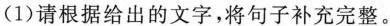
(1)请根据给出的文字，将句子补充完整。